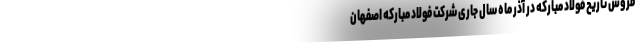
فروش تاریخ فولاد مبارکه در آذر ماه سال جاری شرکت فولاد مبارکه اصفهان